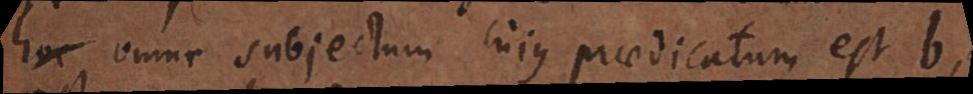
hoc omne subjectum cujus praedicatum est b,